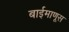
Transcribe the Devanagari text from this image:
बाईमाणूस